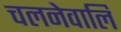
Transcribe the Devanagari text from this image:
चलनेवालि